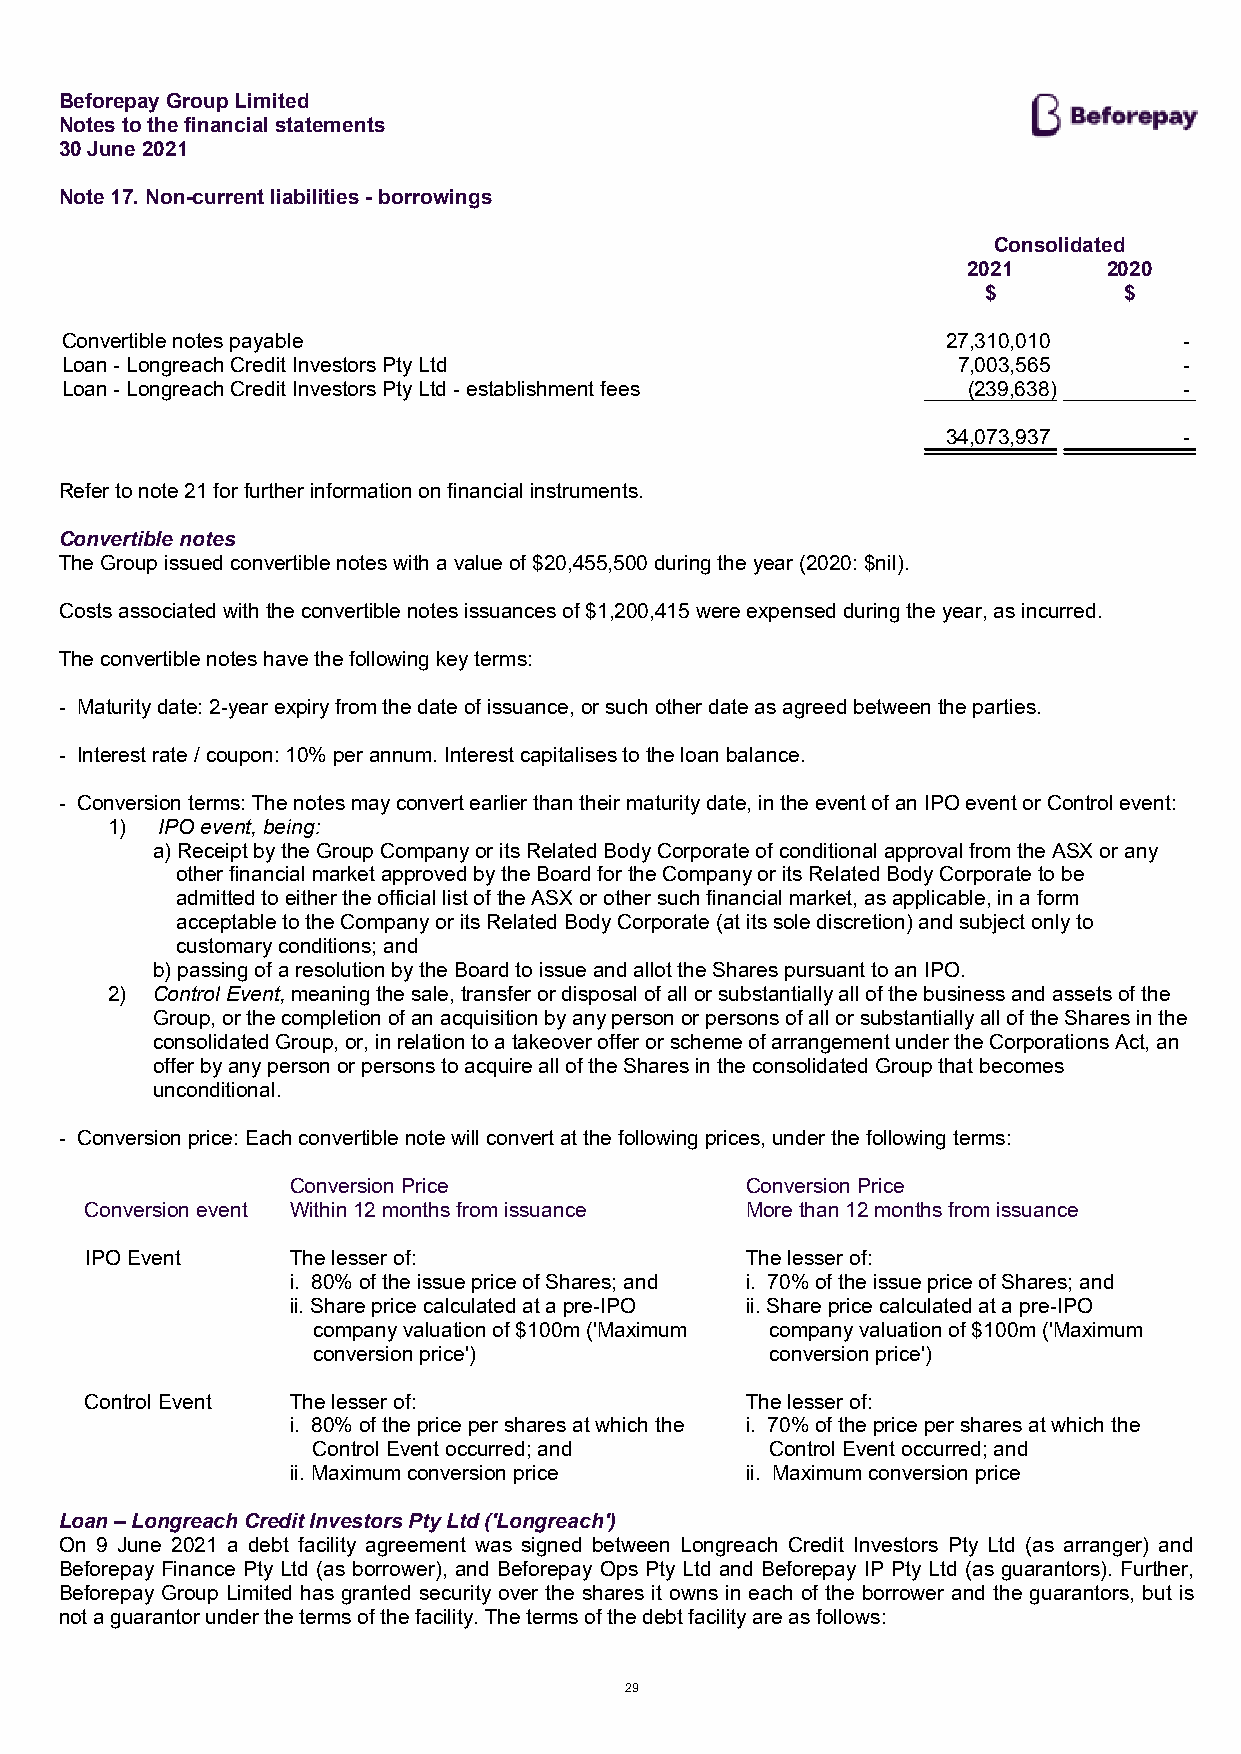
Beforepay Group Limited
 Notes to the financial statements
 30 June 2021
 Note 17. Non-current liabilities - borrowings
 Consolidated
 2021     2020
 $        $
 Convertible notes payable                                  27,310,010     -
 Loan - Longreach Credit Investors Pty Ltd                  7,003,565      -
 Loan - Longreach Credit Investors Pty Ltd - establishment fees (239,638)  -
 34,073,937     -
 Refer to note 21 for further information on financial instruments.
 Convertible notes
 The Group issued convertible notes with a value of $20,455,500 during the year (2020: $nil).
 Costs associated with the convertible notes issuances of $1,200,415 were expensed during the year, as incurred.
 The convertible notes have the following key terms:
 - Maturity date: 2-year expiry from the date of issuance, or such other date as agreed between the parties.
 - Interest rate / coupon: 10% per annum. Interest capitalises to the loan balance.
 - Conversion terms: The notes may convert earlier than their maturity date, in the event of an IPO event or Control event:
 1)  IPO event, being:
 a) Receipt by the Group Company or its Related Body Corporate of conditional approval from the ASX or any
 other financial market approved by the Board for the Company or its Related Body Corporate to be
 admitted to either the official list of the ASX or other such financial market, as applicable, in a form
 acceptable to the Company or its Related Body Corporate (at its sole discretion) and subject only to
 customary conditions; and
 b) passing of a resolution by the Board to issue and allot the Shares pursuant to an IPO.
 2) Control Event, meaning the sale, transfer or disposal of all or substantially all of the business and assets of the
 Group, or the completion of an acquisition by any person or persons of all or substantially all of the Shares in the
 consolidated Group, or, in relation to a takeover offer or scheme of arrangement under the Corporations Act, an
 offer by any person or persons to acquire all of the Shares in the consolidated Group that becomes
 unconditional.
 - Conversion price: Each convertible note will convert at the following prices, under the following terms:
 Conversion Price              Conversion Price
 Conversion event Within 12 months from issuance More than 12 months from issuance
 IPO Event    The lesser of:                The lesser of:
 i. 80% of the issue price of Shares; and i. 70% of the issue price of Shares; and
 ii. Share price calculated at a pre-IPO ii. Share price calculated at a pre-IPO
 company valuation of $100m ('Maximum company valuation of $100m ('Maximum
 conversion price')            conversion price')
 Control Event The lesser of:               The lesser of:
 i. 80% of the price per shares at which the i. 70% of the price per shares at which the
 Control Event occurred; and   Control Event occurred; and
 ii. Maximum conversion price  ii. Maximum conversion price
 Loan – Longreach Credit Investors Pty Ltd ('Longreach')
 On 9 June 2021 a debt facility agreement was signed between Longreach Credit Investors Pty Ltd (as arranger) and
 Beforepay Finance Pty Ltd (as borrower), and Beforepay Ops Pty Ltd and Beforepay IP Pty Ltd (as guarantors). Further,
 Beforepay Group Limited has granted security over the shares it owns in each of the borrower and the guarantors, but is
 not a guarantor under the terms of the facility. The terms of the debt facility are as follows:
 29